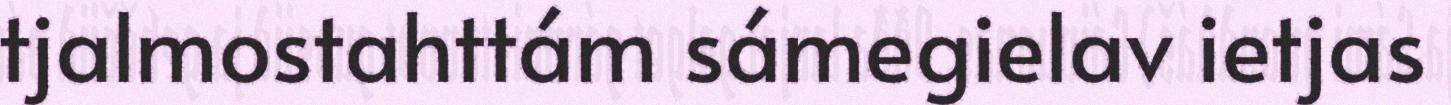
tjalmostahttám sámegielav ietjas